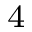
^ 4